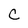
Character: c